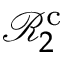
\mathcal { R } _ { 2 } ^ { \mathrm { c } }